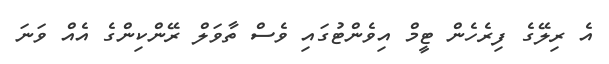
އެ ރިލޭގެ ފިރެހެން ޓީމް އިވެންޓުގައި ވެސް ތާވަލް ރޭންކިންގެ އެއް ވަނަ